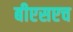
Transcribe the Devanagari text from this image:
बीएसएच